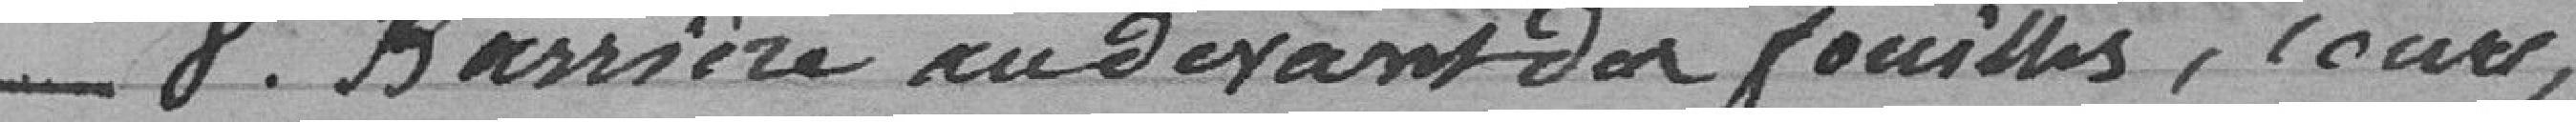
_8. Barrière au devant des fouilles , cours ,